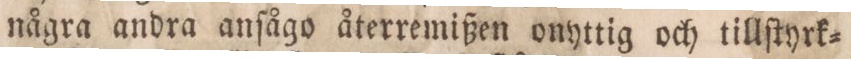
några andra anſågo återremißen onyttig och tillſtyrk=